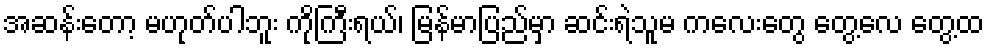
အဆန်းတော့ မဟုတ်ပါဘူး ကိုကြီးရယ်၊ မြန်မာပြည်မှာ ဆင်းရဲသူမ ကလေးတွေ တွေ့လေ တွေ့ထ